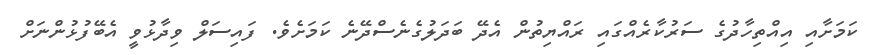
ކަމަށާއި އިއްތިހާދުގެ ސަރުކާރެއްގައި ރައްޔިތުން އެދޭ ބަދަލުގެނެސްދޭނެ ކަމަށެވެ. ފައިސަލް ވިދާޅުވީ އެބޭފުޅުންނަށް